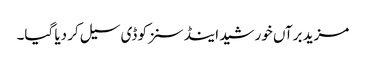
مزید برآں خورشید اینڈ سنزکو ڈی سیل کر دیا گیا۔